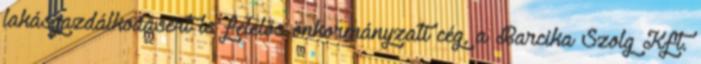
lakásgazdálkodásért is felelős önkormányzati cég, a Barcika Szolg Kft.